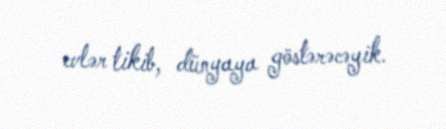
evlər tikib, dünyaya göstərəcəyik.